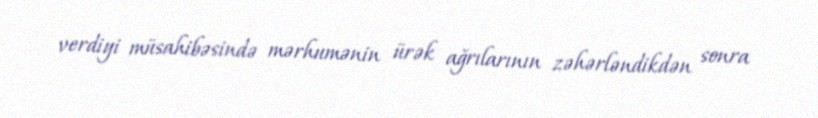
verdiyi müsahibəsində mərhumənin ürək ağrılarının zəhərləndikdən sonra